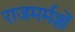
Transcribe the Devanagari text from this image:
राजमर्मज्ञों